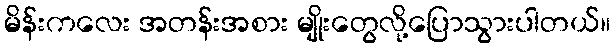
မိန်းကလေး အတန်းအစား မျိုးတွေလို့ပြောသွားပါတယ်။